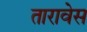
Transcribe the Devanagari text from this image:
तारावेस